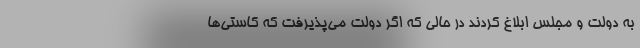
به دولت و مجلس ابلاغ کردند در حالی که اگر دولت می‌پذیرفت که کاستی‌ها